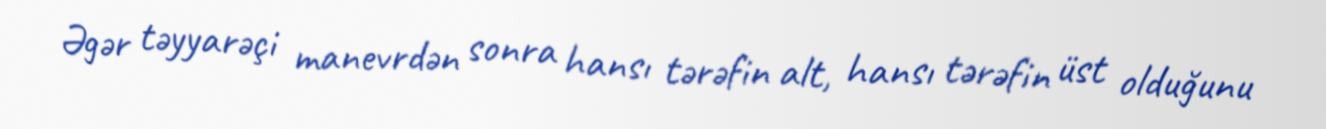
Əgər təyyarəçi manevrdən sonra hansı tərəfin alt, hansı tərəfin üst olduğunu